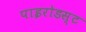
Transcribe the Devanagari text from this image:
पाइरोडस्ट